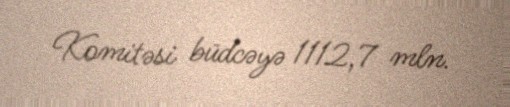
Komitəsi büdcəyə 1112,7 mln.